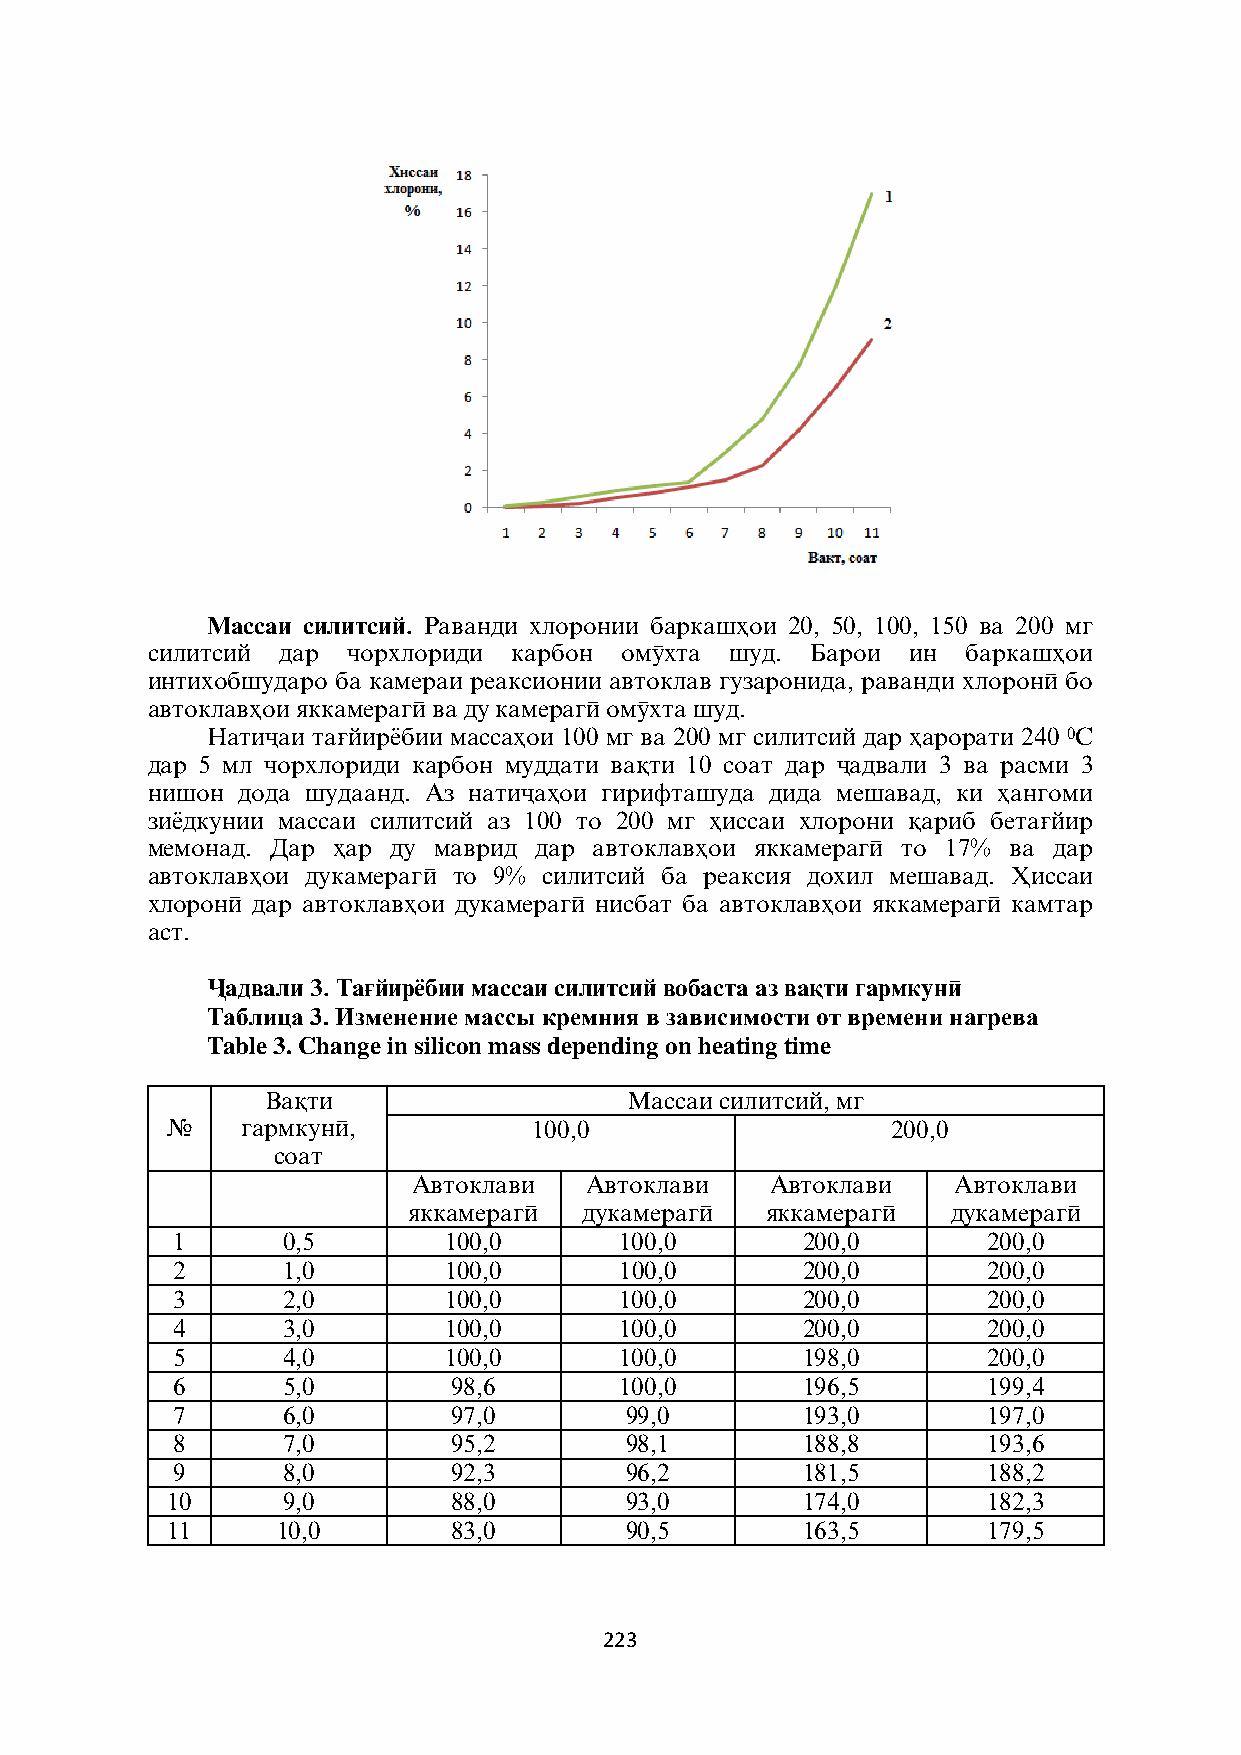
Массаи силитсий. Раванди хлоронии баркашњои 20, 50, 100, 150 ва 200 мг
 силитсий дар чорхлориди карбон омўхта шуд.  Барои ин  баркашњои
 интихобшударо ба камераи реаксионии автоклав гузаронида, раванди хлоронї бо
 автоклавњои яккамерагї ва ду камерагї омўхта шуд.
 Натиљаи таѓйирёбии массањои 100 мг ва 200 мг силитсий дар њарорати 240 0С
 дар 5 мл чорхлориди карбон муддати ваќти 10 соат дар љадвали 3 ва расми 3
 нишон дода шудаанд. Аз натиљањои гирифташуда дида мешавад, ки њангоми
 зиёдкунии массаи силитсий аз 100 то 200 мг њиссаи хлорони ќариб бетаѓйир
 мемонад. Дар њар ду маврид дар автоклавњои яккамерагї то 17% ва дар
 автоклавњои дукамерагї то 9% силитсий ба реаксия дохил мешавад. Њиссаи
 хлоронї дар автоклавњои дукамерагї нисбат ба автоклавњои яккамерагї камтар
 аст.
 Љадвали 3. Таѓйирёбии массаи силитсий вобаста аз ваќти гармкунї
 Таблица 3. Изменение массы кремния в зависимости от времени нагрева
 Table 3. Change in silicon mass depending on heating time
 Ваќти                   Массаи силитсий, мг
 №    гармкунї,          100,0                   200,0
 соат
 Автоклави   Автоклави   Автоклави   Автоклави
 яккамерагї  дукамерагї  яккамерагї  дукамерагї
 1       0,5       100,0       100,0       200,0       200,0
 2       1,0       100,0       100,0       200,0       200,0
 3       2,0       100,0       100,0       200,0       200,0
 4       3,0       100,0       100,0       200,0       200,0
 5       4,0       100,0       100,0       198,0       200,0
 6       5,0        98,6       100,0       196,5       199,4
 7       6,0        97,0       99,0        193,0       197,0
 8       7,0        95,2       98,1        188,8       193,6
 9       8,0        92,3       96,2        181,5       188,2
 10      9,0        88,0       93,0        174,0       182,3
 11     10,0        83,0       90,5        163,5       179,5
 223